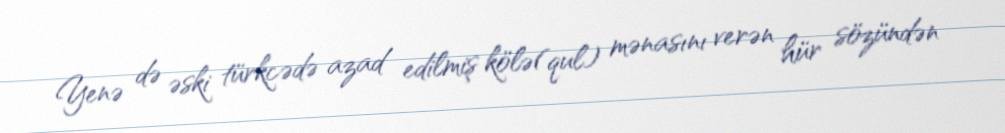
Yenə də əski türkcədə azad edilmiş kölə(qul) mənasını verən hür sözündən